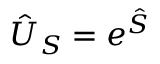
\hat { U } _ { S } = e ^ { \hat { S } }